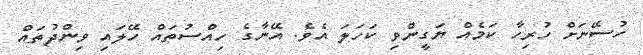
ހުސޭނަށް ހުރިހާ ކަމެއް ޔަގީންވި ކަހަލަ އެވެ. އޭނާގެ ހިއްސުތައް ހޭލައި ވިންދުތައް